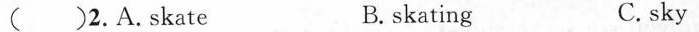
() 2. A. Skate B. skating C. sky